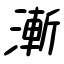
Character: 漸